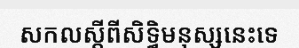
សកលស្តីពីសិទ្ធិមនុស្សនេះទេ